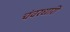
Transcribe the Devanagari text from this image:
चंवरधारी